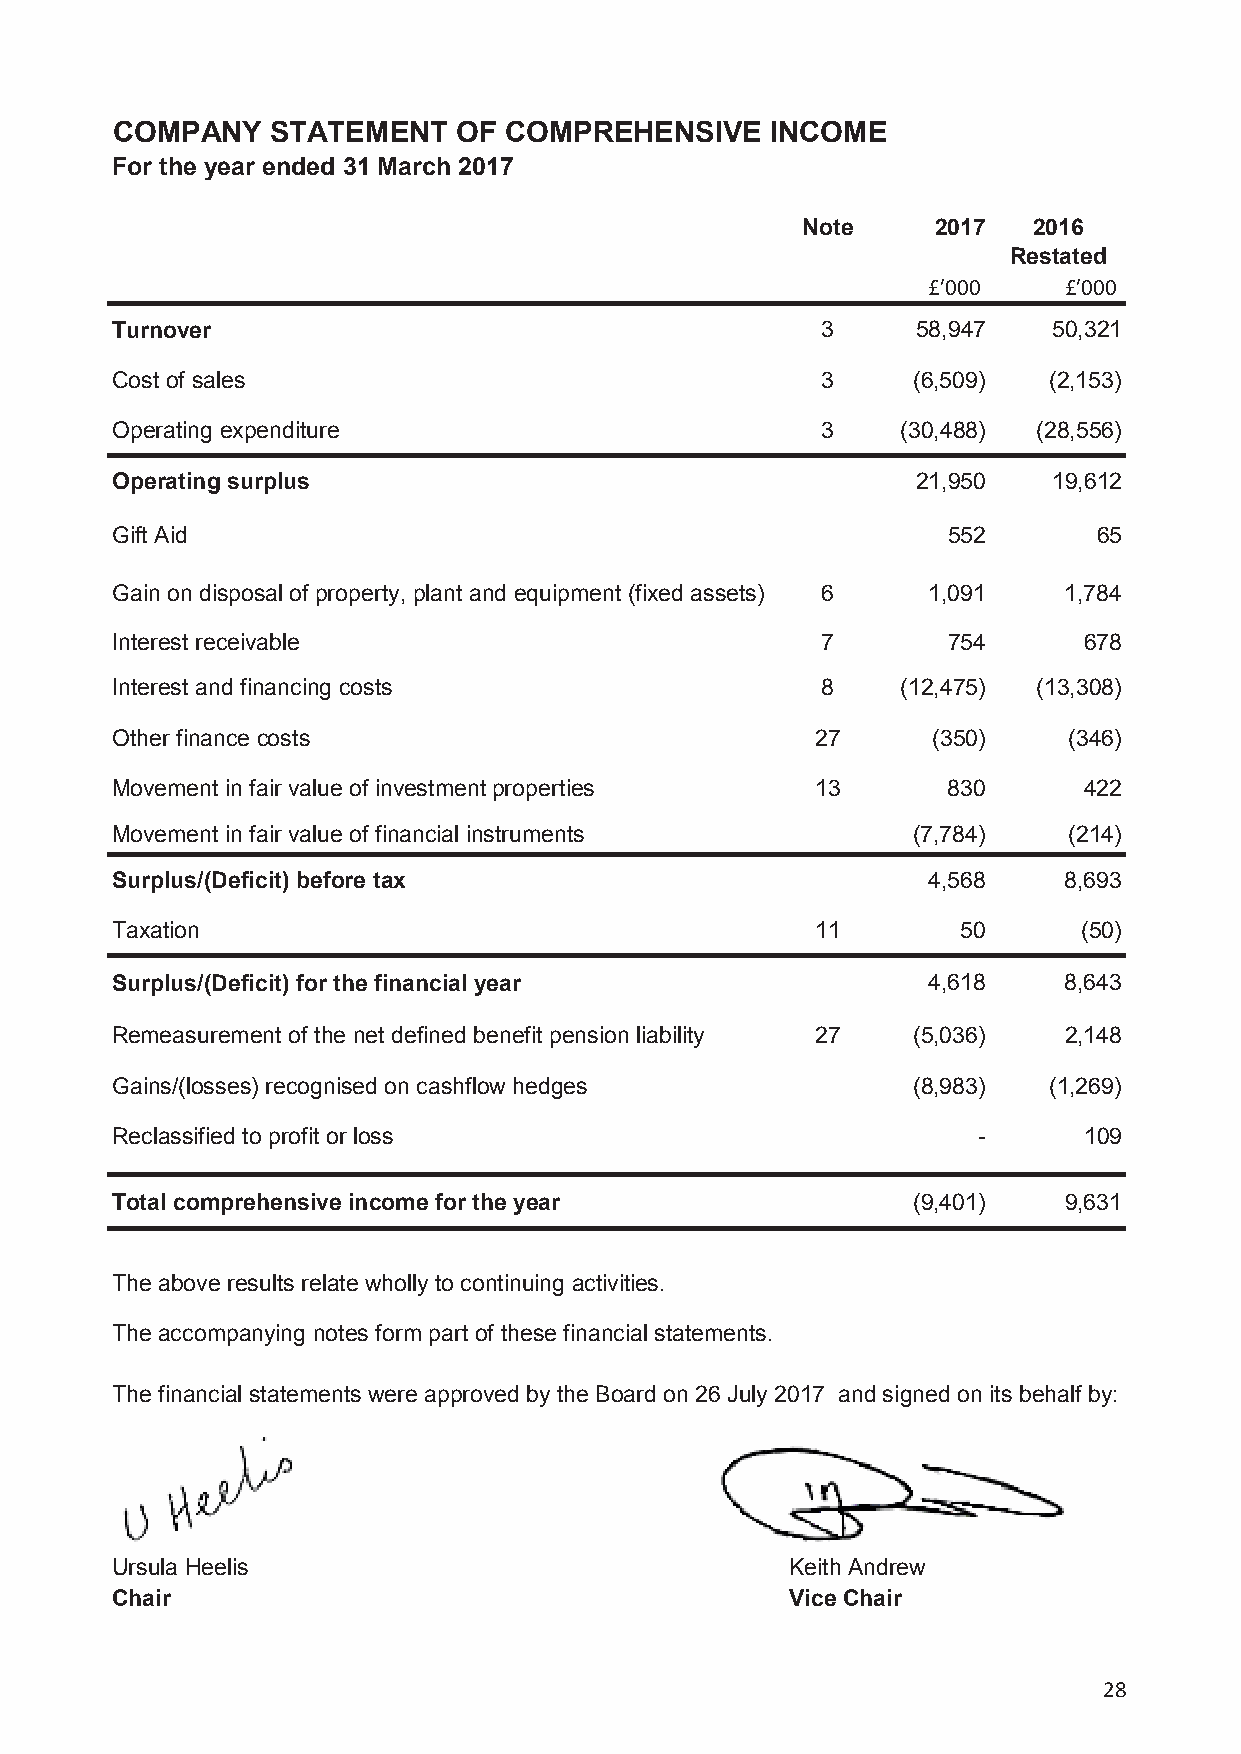
COMPANY    STATEMENT   OF COMPREHENSIVE     INCOME
 For the year ended 31 March 2017
 Note     2017  2016
 Restated
 £’000    £’000
 Turnover                                       3      58,947   50,321
 Cost of sales                                  3     (6,509)  (2,153)
 Operating expenditure                          3     (30,488) (28,556)
 Operating surplus                                     21,950   19,612
 Gift Aid                                                552       65
 Gain on disposal of property, plant and equipment (fixed assets) 6 1,091 1,784
 Interest receivable                            7        754      678
 Interest and financing costs                   8     (12,475) (13,308)
 Other finance costs                            27      (350)    (346)
 Movement in fair value of investment properties 13      830      422
 Movement in fair value of financial instruments      (7,784)    (214)
 Surplus/(Deficit) before tax                          4,568    8,693
 Taxation                                       11        50     (50)
 Surplus/(Deficit) for the financial year              4,618    8,643
 Remeasurement of the net defined benefit pension liability 27 (5,036) 2,148
 Gains/(losses) recognised on cashflow hedges         (8,983)  (1,269)
 Reclassified to profit or loss                            -      109
 Total comprehensive income for the year              (9,401)   9,631
 The above results relate wholly to continuing activities.
 The accompanying notes form part of these financial statements.
 The financial statements were approved by the Board on 26 July 2017 and signed on its behalf by:
 Ursula Heelis                                Keith Andrew
 Chair                                        Vice Chair
 28